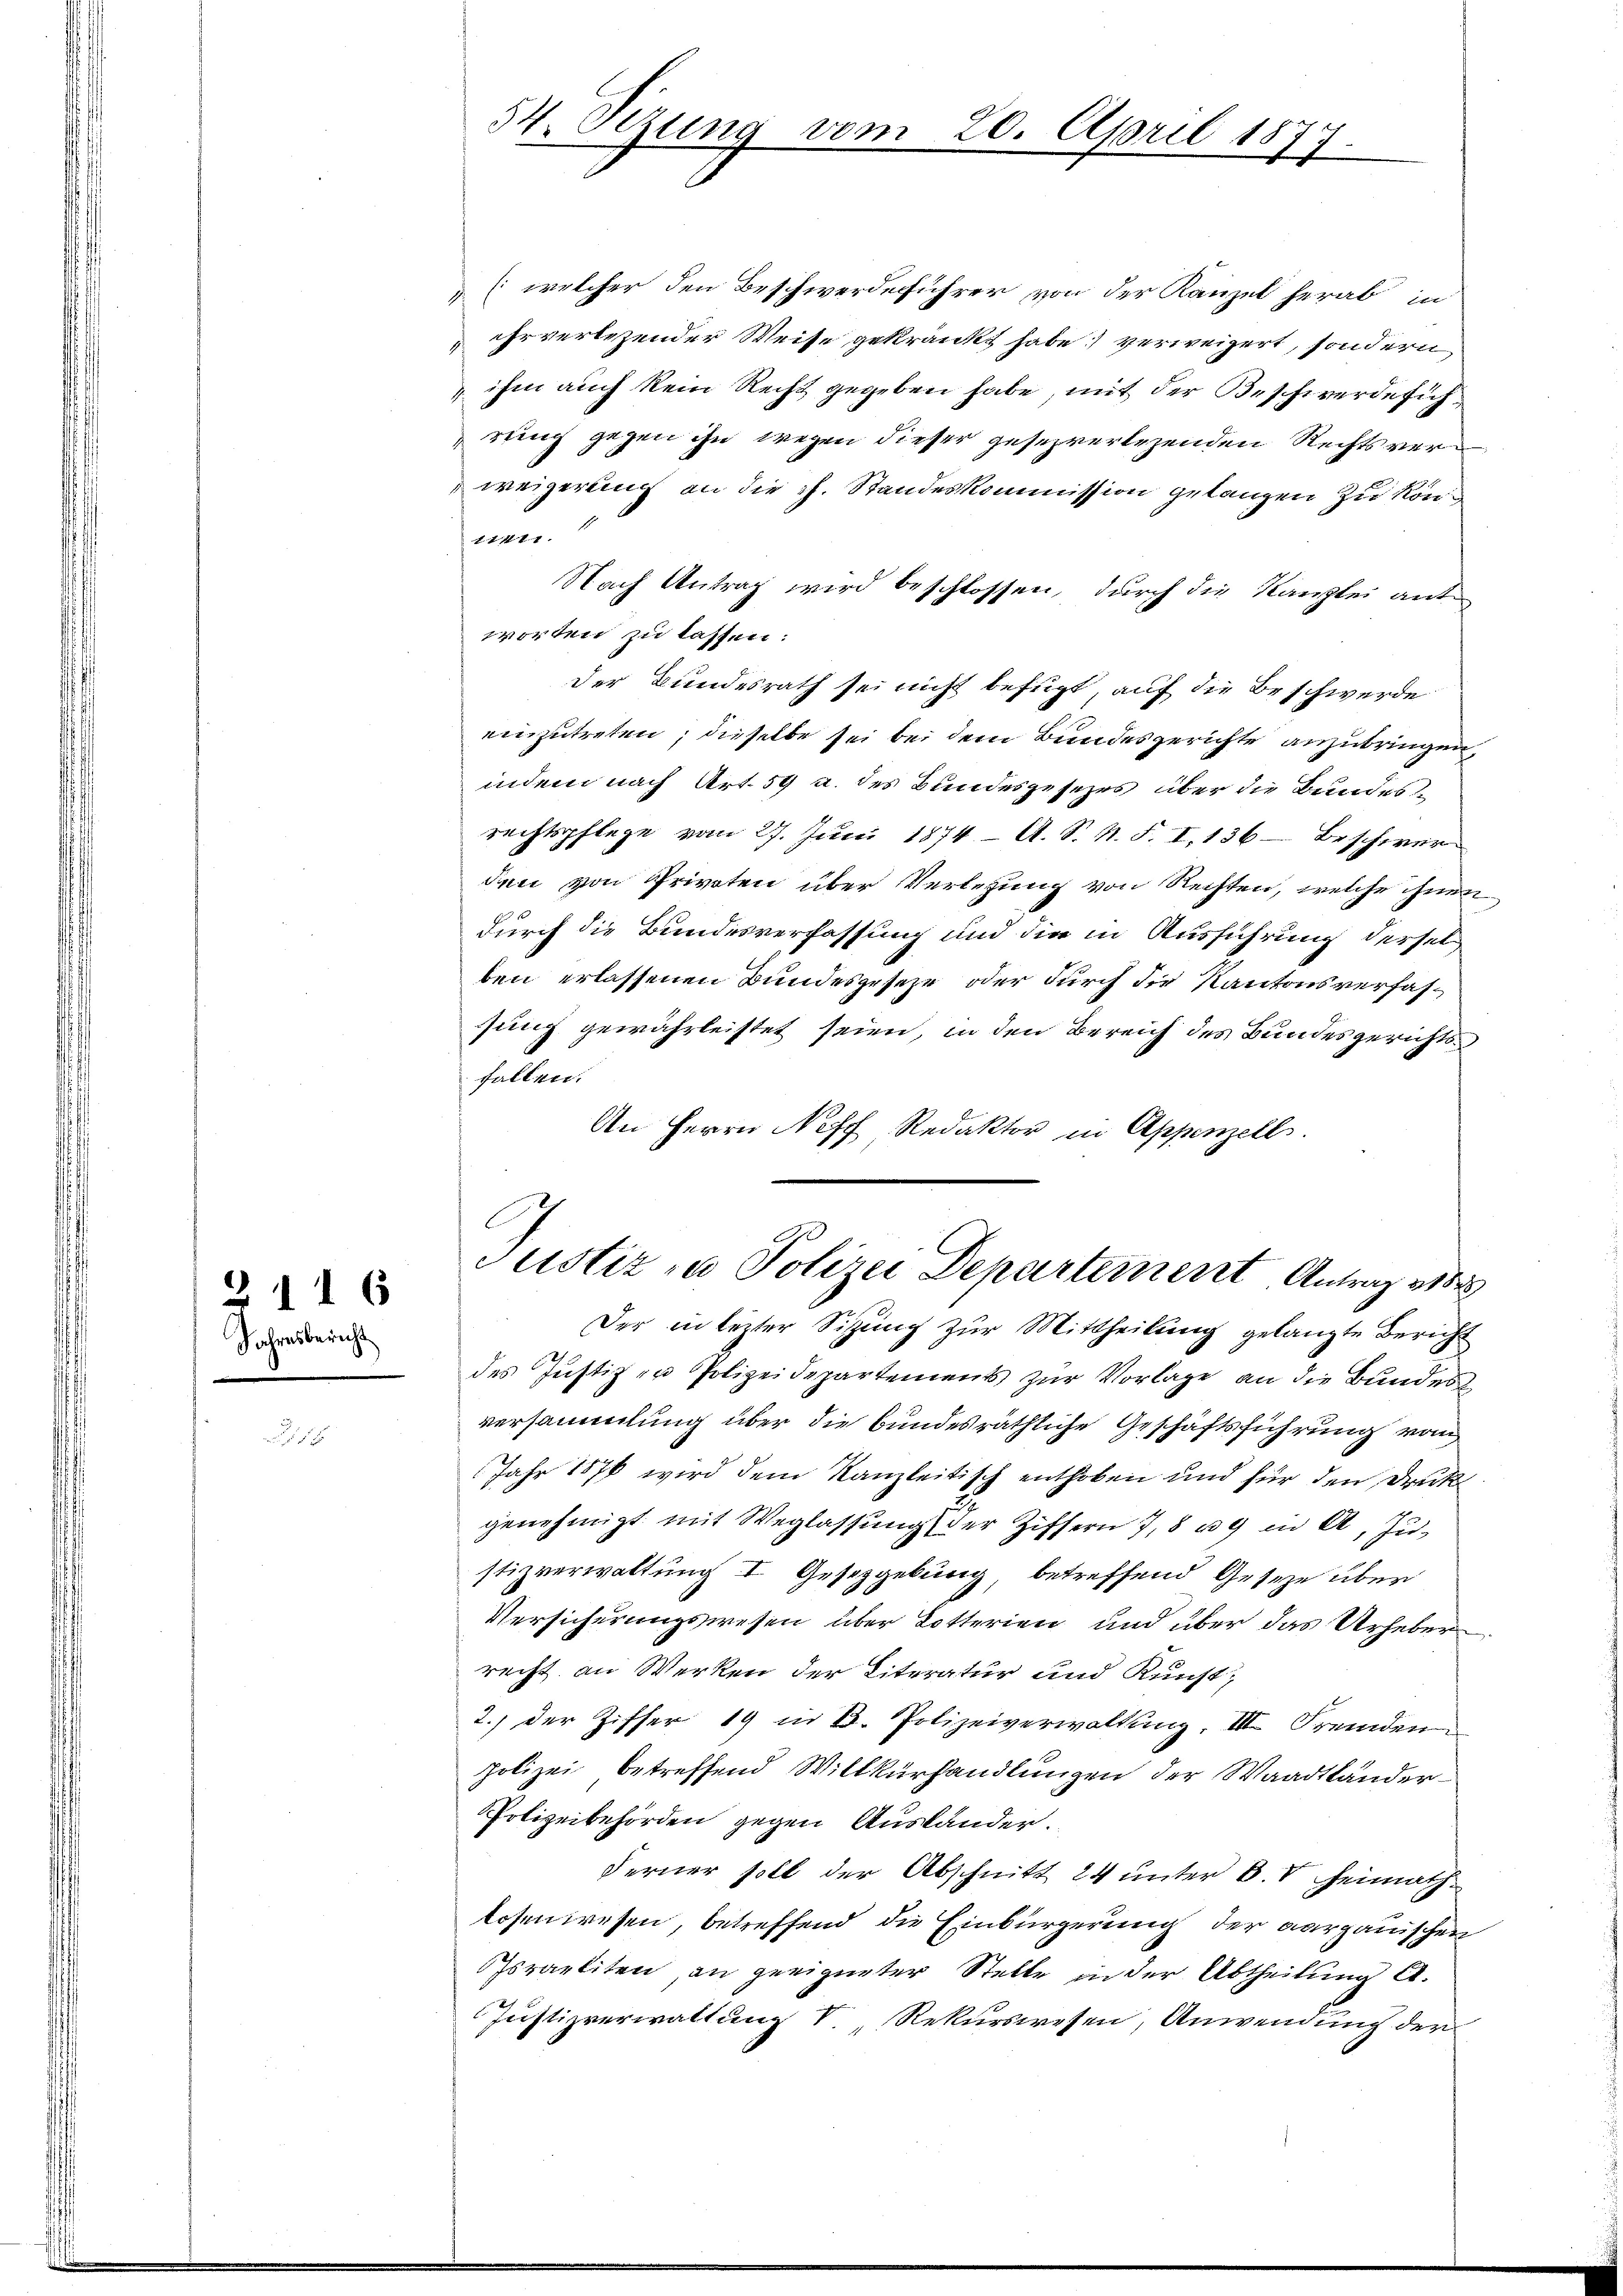
Jahresbericht

2116

[welcher den Beschwerdeführer von der Kanzel herab, in
& ihr verlesender Weise gekränkt habe verweigert, sondern
 ihm auch kein Recht gegeben habe, mit der Beschwerde sich
rung gegen ihn wegen dieser gesezverlegenden Rechtsverweigerung an die h. Standeskommission gelangen zu kön¬
11771.
Nach Antrag wird beschlossen, durch die Kanzlei antworten zu lassen:
der Bundesrath sei nicht befugt, auf die Beschwerde
einzutreten; dieselbe sei bei dem Bundesgerichte anzubringen,
indem nach Art. 59 u. des Bundesgesezes über die Bundesrechtspflege vom 27. Juni 1874 A. S. N. F. I. 136 - Beschwerden von Privaten über Verlegung von Rechten, welche ihnen
durch die Bundesverfassung und die in Ausführung derselben erlassenen Bundesgeseze oder durch die Kantonsverfassung gewährleistet seien, in den Bereich des Bundesgerichts
fallen.
An Herrn Neff Redaktor in Appenzell.

37. Oczung vom 20. April 1877.

Justiz in Polizei Departement Antrag 1888

Der in lezter Sitzung zur Mittheilung gelangte Bericht
des Justiz zu Polizeidepartements zur Vorlage an die Bundes
versammlung über die bundesräthliche Geschäftsführung von
Jahr 1876 wird dem Kanzleitisch enthoben und für den Druck
genehmigt mit Weglassung der Ziffern 7, 8 u. in A, Justizverwaltung I Gesetzgebung betreffend Geseze über
Versicherungswesen über Lotterien und über das Urheber
recht an Werken der Literatur und Kunst,
2.) Der Ziffer 19 in B. Polizeiverwaltung. III Fremden
polizei betreffend Willkürhandlungen der Waadtländer
Polizeibehörden gegen Ausländer.
Ferner soll der Abschnitt 24 unter B. V Heimathlosenwesen, betreffend die Einbürgerung der aargauischen
Israeliten an geeigneter Stelle in der Abtheilung l.
Justizverwaltung V Rekurswesen, Anwendung der